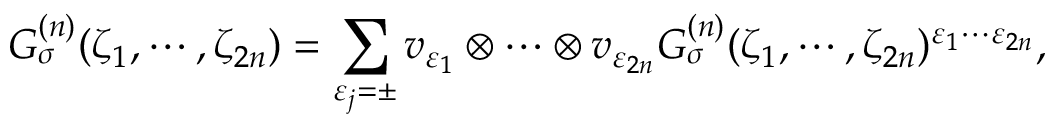
G _ { \sigma } ^ { ( n ) } ( \zeta _ { 1 } , \cdots , \zeta _ { 2 n } ) = \sum _ { \varepsilon _ { j } = \pm } v _ { \varepsilon _ { 1 } } \otimes \cdots \otimes v _ { \varepsilon _ { 2 n } } G _ { \sigma } ^ { ( n ) } ( \zeta _ { 1 } , \cdots , \zeta _ { 2 n } ) ^ { \varepsilon _ { 1 } \cdots \varepsilon _ { 2 n } } ,